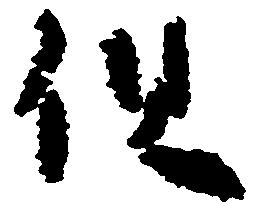
但